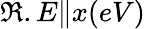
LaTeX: \Re.E\lVert x(eV)